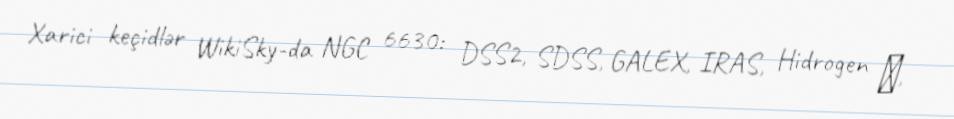
Xarici keçidlər WikiSky-da NGC 6630: DSS2, SDSS, GALEX, IRAS, Hidrogen α,